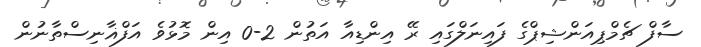
ސާފް ޗެމްޕިއަންޝިޕްގެ ފައިނަލްގައި ރޭ އިންޑިއާ އަތުން 2-0 އިން މޮޅުވެ އަފްޣާނިސްތާނުން